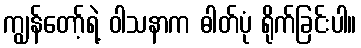
ကျွန်တော့်ရဲ့ ဝါသနာက ဓါတ်ပုံ ရိုက်ခြင်းပါ။